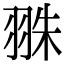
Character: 𦐣